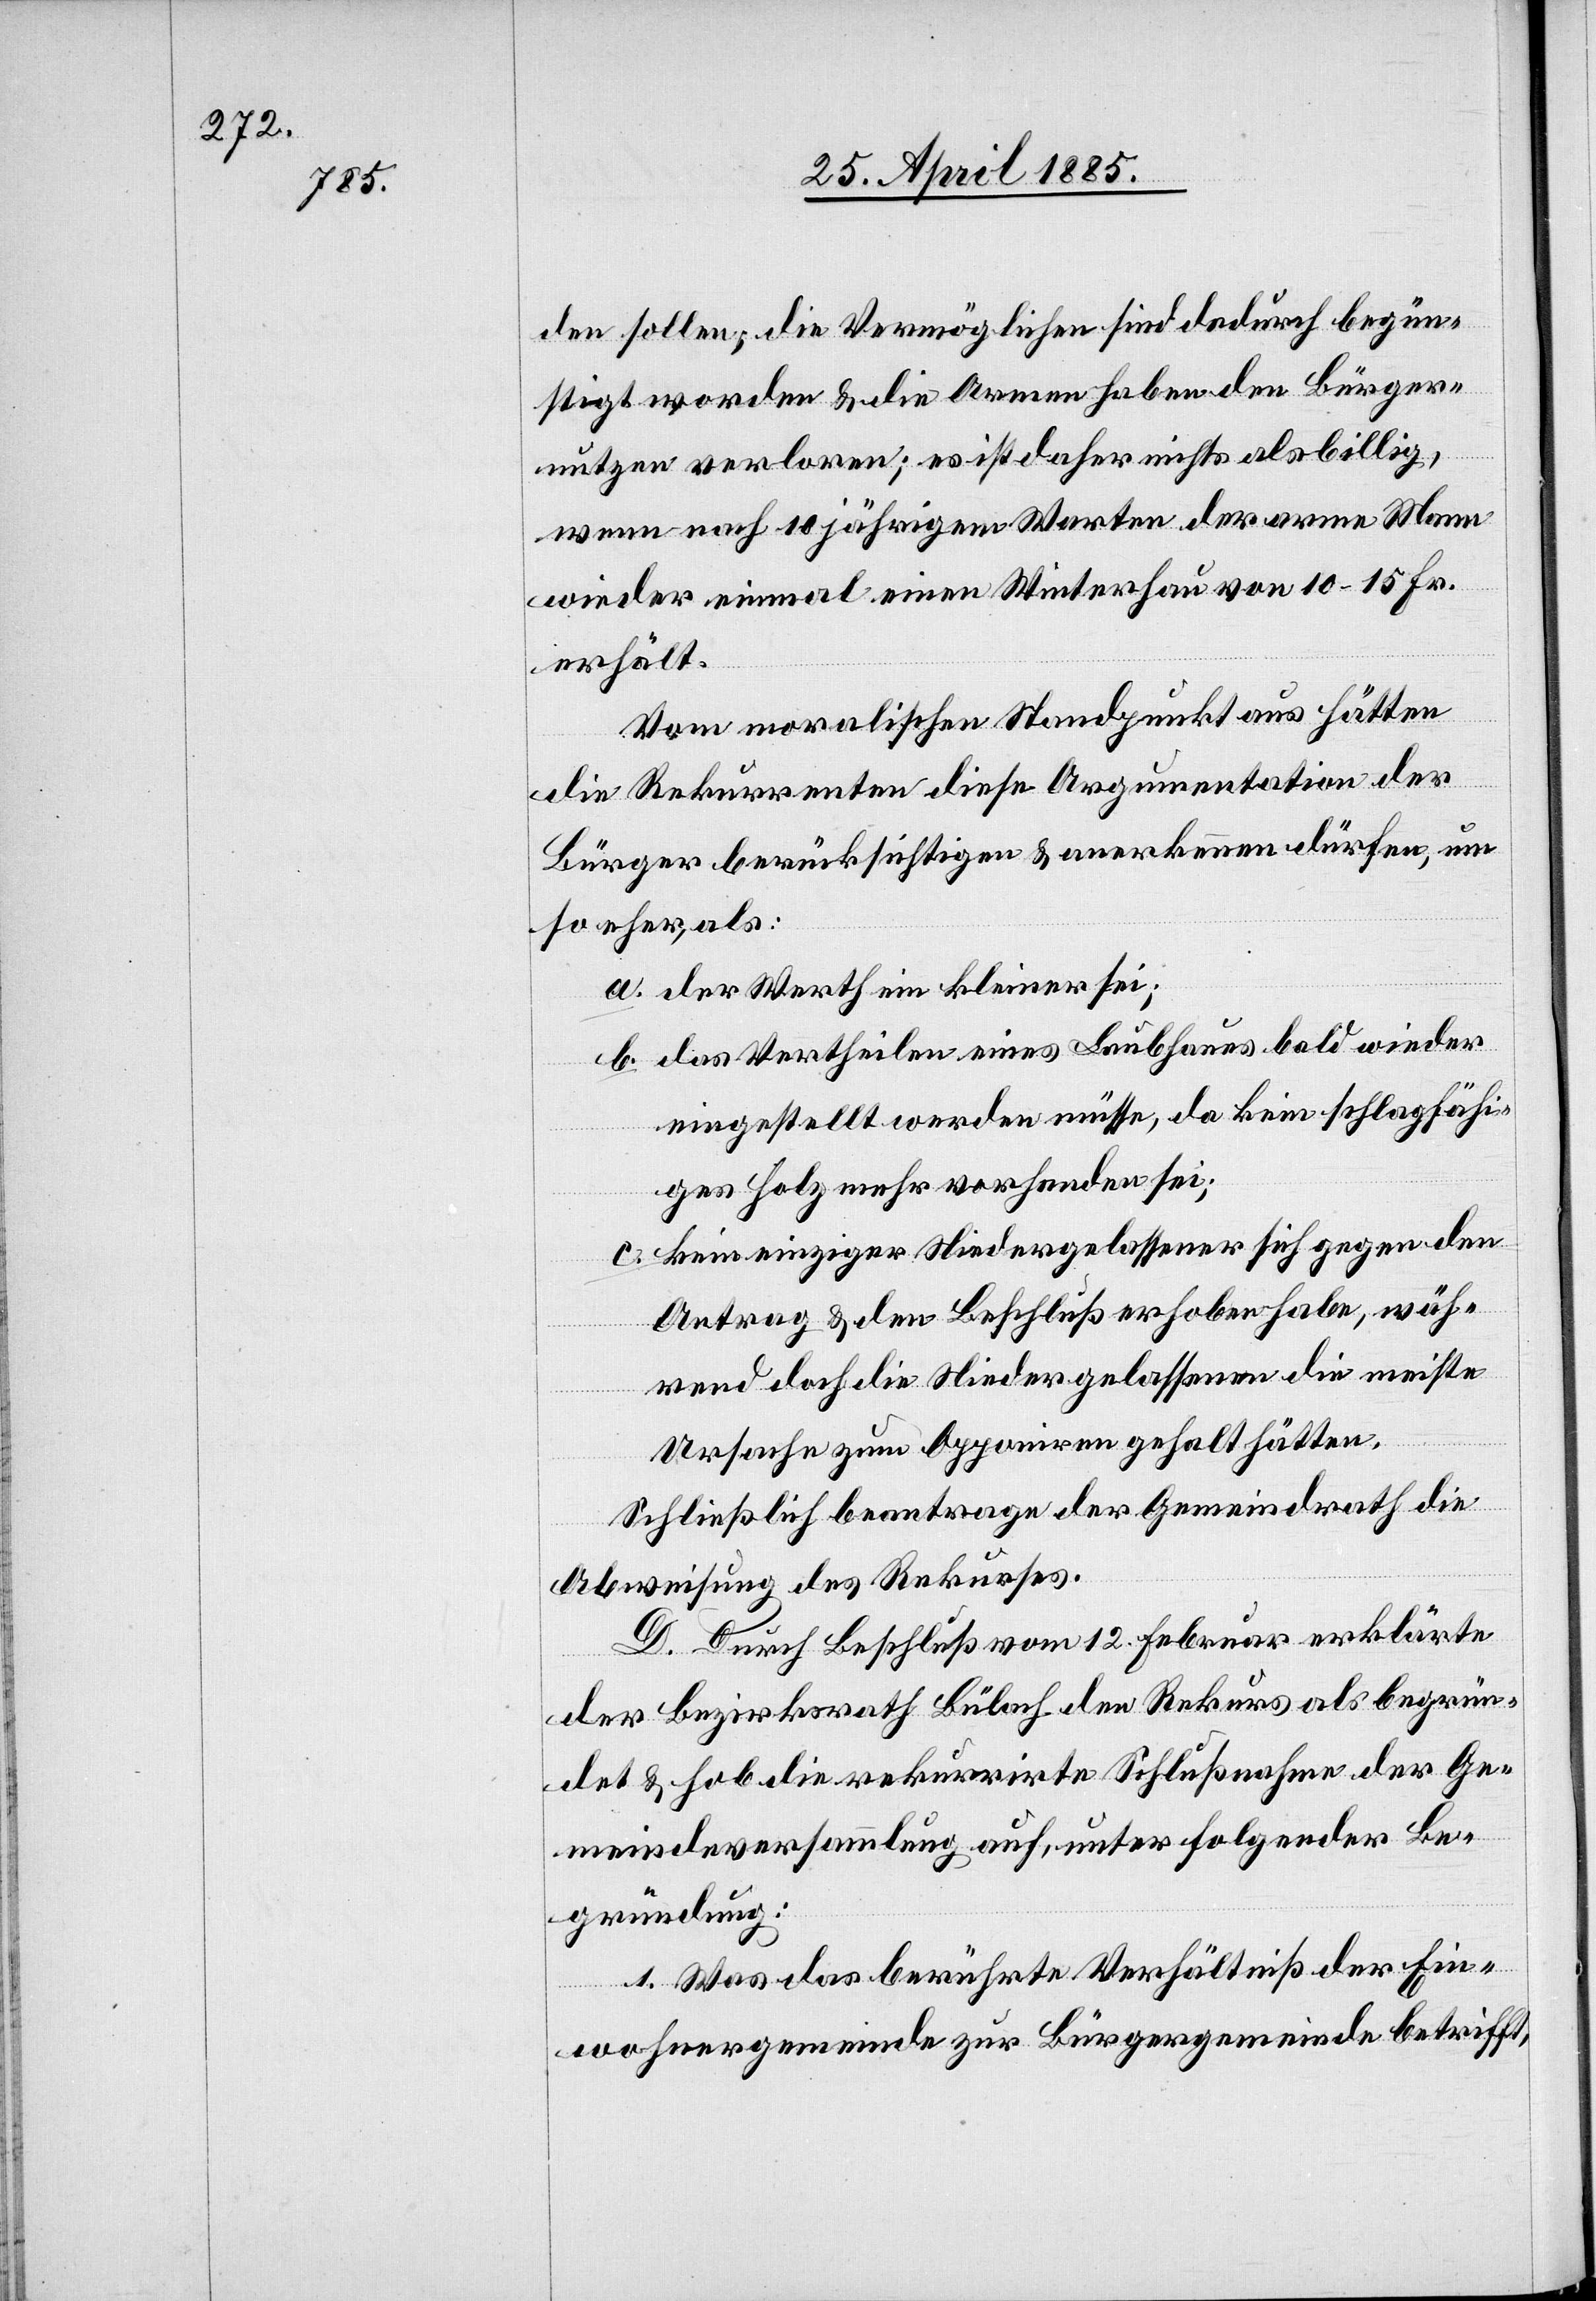
den sollen, die Vermöglichen sind dadurch begün¬
stigt worden & die Armen haben den Bürger¬
nutzen verloren; es ist daher nichts als billig,
wenn nach 10jährigem Warten der arme Mann
wieder einmal einen Winterhau von 10–15 Fr.
erhält.
Vom moralischen Standpunkt aus hätten
die Rekurrenten diese Argumentation der
Bürger berücksichtigen & anerkennen dürfen, um
so eher, als:
a. der Werth ein kleiner sei;
b. das Vertheilen eines Laubhaues bald wieder
eingestellt werden müsse, da kein schlagfähi¬
ges Holz mehr vorhanden sei;
c. kein einziger Niedergelassener sich gegen den
Antrag & den Beschluß erhoben habe, wäh¬
rend doch die Niedergelassenen die meiste
Ursache zum Opponiren gehalt [recte:
Schließlich beantrage der Gemeindrath die
Abweisung des Rekurses.
D. Durch Beschluß vom 12. Februar erklärte
der Bezirksrath Bülach den Rekurs als begrün¬
det & hob die rekurrirte Schlußnahme der Ge¬
meindeversammlung auf, unter folgender Be¬
gründung:
1. Was das berührte Verhältniß der Ein¬
wohnergemeinde zur Bürgergemeinde betrifft,